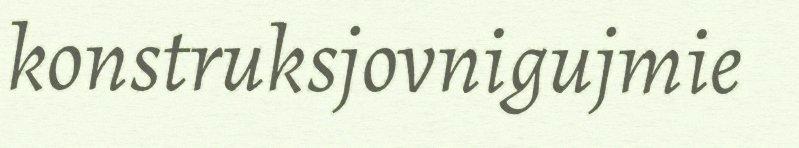
konstruksjovnigujmie